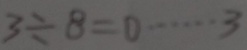
3 \div 8 = 0 \cdots 3